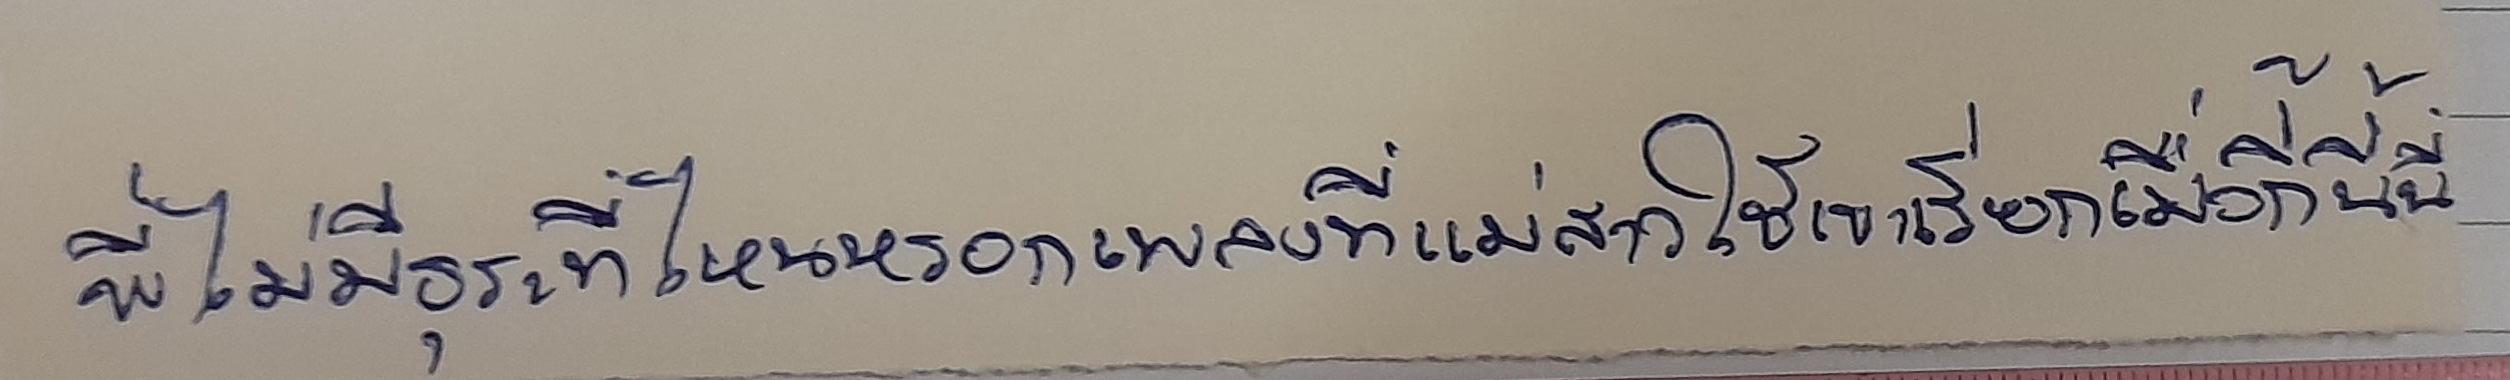
"พี่ไม่มีธุระที่ไหนหรอกเพลงที่แม่สาวใช้เขาเรียกเมื่อกี้นี้นี่